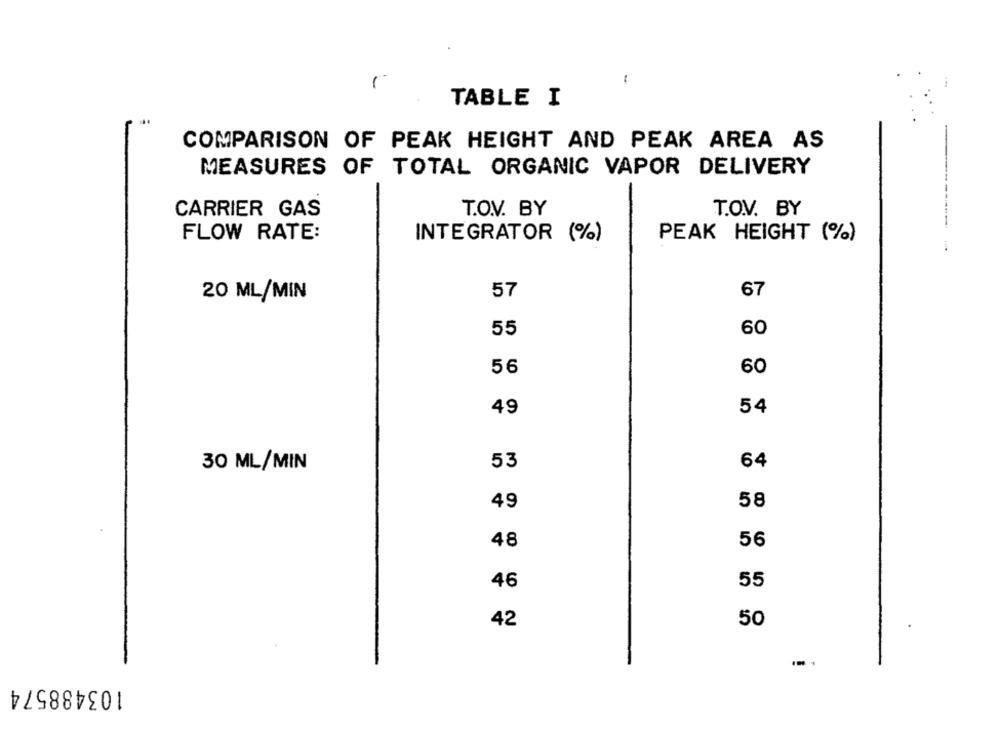
-
-
TABLE I
COMPARISON OF PEAK HEIGHT AND PEAK AREA AS
MEASURES OF TOTAL ORGANIC VAPOR DELIVERY
CARRIER GAS
T.O.V. BY
T.O.V. BY
FLOW RATE:
INTEGRATOR (%)
PEAK HEIGHT (%)
57
67
20 ML/MIN
55
60
56
60
49
54
30 ML/MIN
53
64
49
58
48
56
46
55
42
50
103488574